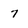
Character: 7